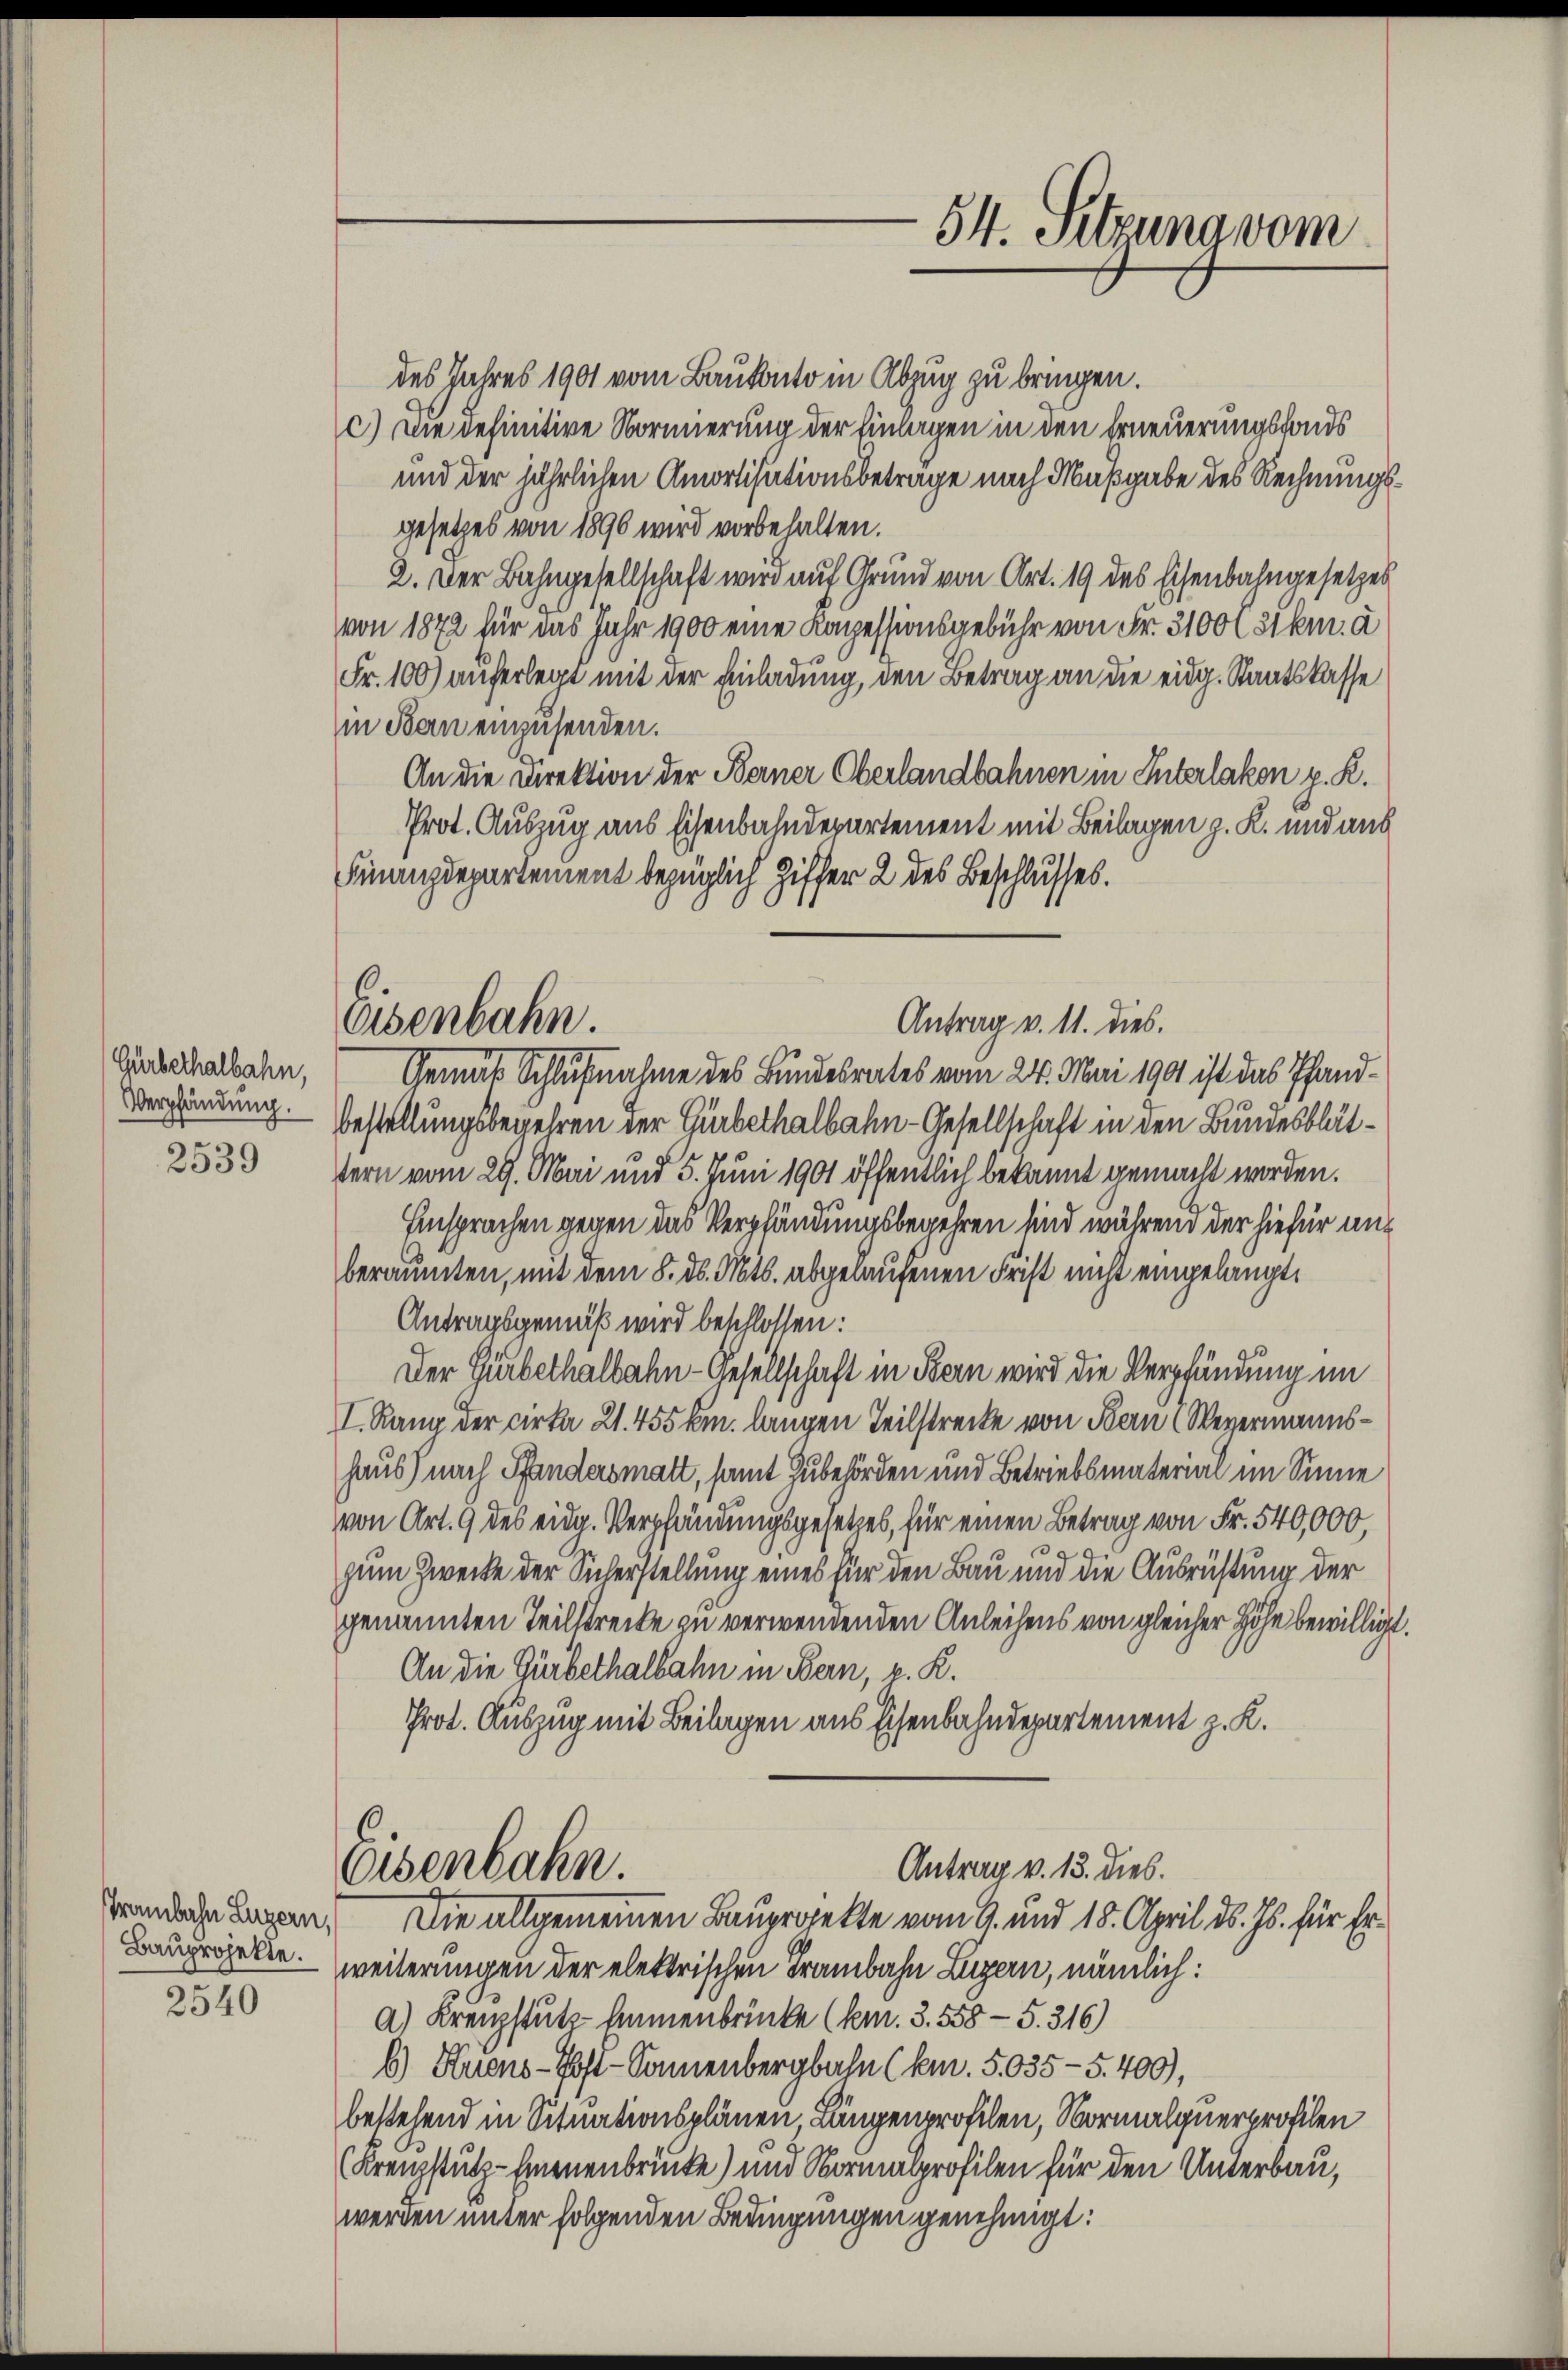
Gürbethalbahn,
Verpfändung.

2539

rambahn Luzern,
Bauprojekte.

2540

Eisenbahn.

Antrag v. 11. dies.

54. Sitzung vom

des Jahres 1901 vom Baukonto in Abzug zu bringen.
c.) Die definitive Normierung der Einlagen in den Erneuerungsfonds
und der jährlichen Amortisationsbeträge nach Maßgabe des Rechnungsgesetzes von 1890 wird vorbehalten.
2. Der Bahngesellschaft wird auf Grund von Art. 19 des Eisenbahngesetzes
von 1872 für das Jahr 1900 eine Kapessionsgebühr von Fr. 3100 C Skm. à
Fr. 100) auferlegt mit der Einladung, den Betrag an die eidg. Staatskasse
in Bau einzusenden.
An die Direktion der Berner Oberlandbahnen in Interlaken p. K.
Prot. Auszug aus Eisenbahndepartement mit Beilagen z. K. und aus
Finanzdepartement bezüglich Ziffer 2 des Beschlusses.
Gemäß Schlußnahme des Bundesrates vom 24. Mai 1901 ist das Pfand¬
Bestellungsbegehren der Gürbethalbahn-Gesellschaft in den Bundesblättern vom 29. Mai und 5. Juni 1901 öffentlich bekannt gemacht worden.
Einsprachen gegen das Verpfändungsbegehren sind während der hiefür anberaumten, mit dem 8. d. Mts. abgelaufenen Frist nicht eingelangt,
Antragsgemäß wird beschlossen:
Der Turbethalbahn-Gesellschaft in Bern wird die Verpfändung im
I. Rang der cirka 21. 455 km langen Teilstrecke von Bern (Weyermannshaus) nach Pfandersmatt, samt Zubehörden und Betriebsmaterial im Sinne
von Art. 9 des eidg. Verpfändungsgesetzes, für einen Betrag von Fr. 540,000,
zum Zwecke der Sicherstellung eines für den Bau und die Ausrüstung der
genannten Teilstrecke zu verwendenden Anleihens von gleicher Höhe bewilligt.
An die Gürbethalbahn in Bern, v. K.
Prot. Auszug mit Beilagen aus Eisenbahndepartement z. K.
Antrag v. 13. dies.
Eisenbahn.
Die allgemeinen Bauprojekte vom 9. und 18. April d. Js. für Erweiterungen der elektrischen Trambahn Luzern, nämlich:
a) Krenzstutzimmenbrücke (km. 3. 558 - 5. 316)
b) Huens- Hoff-Sonnenbergbahn (km. 5.035 - 5.400),
bestehend in Situationsplänen Längenprofilen, Normalgnerprofilen
(Krenzstütz-Erneuenbrücke) und Normalprofilen für den Unterbau,
werden unter folgenden Bedingungen genehmigt: